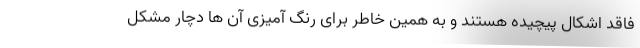
فاقد اشکال پیچیده هستند و به همین خاطر برای رنگ آمیزی آن ها دچار مشکل